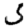
Digit: 5